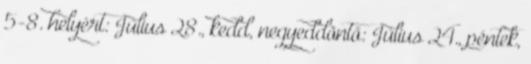
5-8. helyért: Július 28., kedd, negyeddöntő: Július 24., péntek,